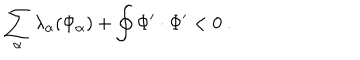
LaTeX: \sum _ { \alpha } \lambda _ { \alpha } ( \Phi _ { \alpha } ) + \oint \Phi ^ { \prime } \cdot \Phi ^ { \prime } < 0 \ .